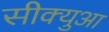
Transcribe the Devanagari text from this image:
सीक्युआ